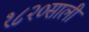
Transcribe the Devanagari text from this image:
१८२०साली